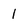
Character: 1